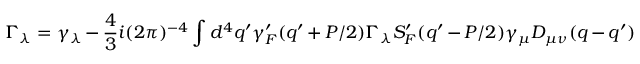
\Gamma _ { \lambda } = \gamma _ { \lambda } - { \frac { 4 } { 3 } } i ( 2 \pi ) ^ { - 4 } \int d ^ { 4 } q ^ { \prime } \gamma _ { F } ^ { \prime } ( q ^ { \prime } + P / 2 ) \Gamma _ { \lambda } S _ { F } ^ { \prime } ( q ^ { \prime } - P / 2 ) \gamma _ { \mu } D _ { \mu \nu } ( q - q ^ { \prime } )